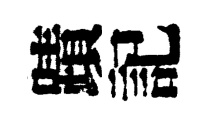
蹟記